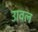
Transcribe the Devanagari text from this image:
उावल